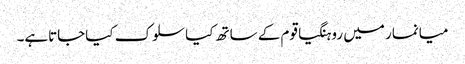
میانمار میں روہنگیاقوم کے ساتھ کیاسلوک کیاجاتاہے۔